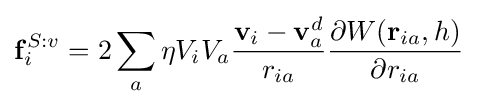
\mathbf {f} _{i}^{S:v}=2\sum _{a}\eta V_{i}V_{a}{\frac {\mathbf {v} _{i}-\mathbf {v} _{a}^{d}}{r_{ia}}}{\frac {\partial W(\mathbf {r} _{ia},h)}{\partial {{r}_{ia}}}}